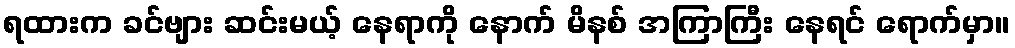
ရထားက ခင်ဗျား ဆင်းမယ့် နေရာကို နောက် မိနစ် အကြာကြီး နေရင် ရောက်မှာ။